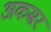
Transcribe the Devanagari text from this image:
अकस्रर